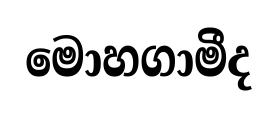
මොහගාමීද